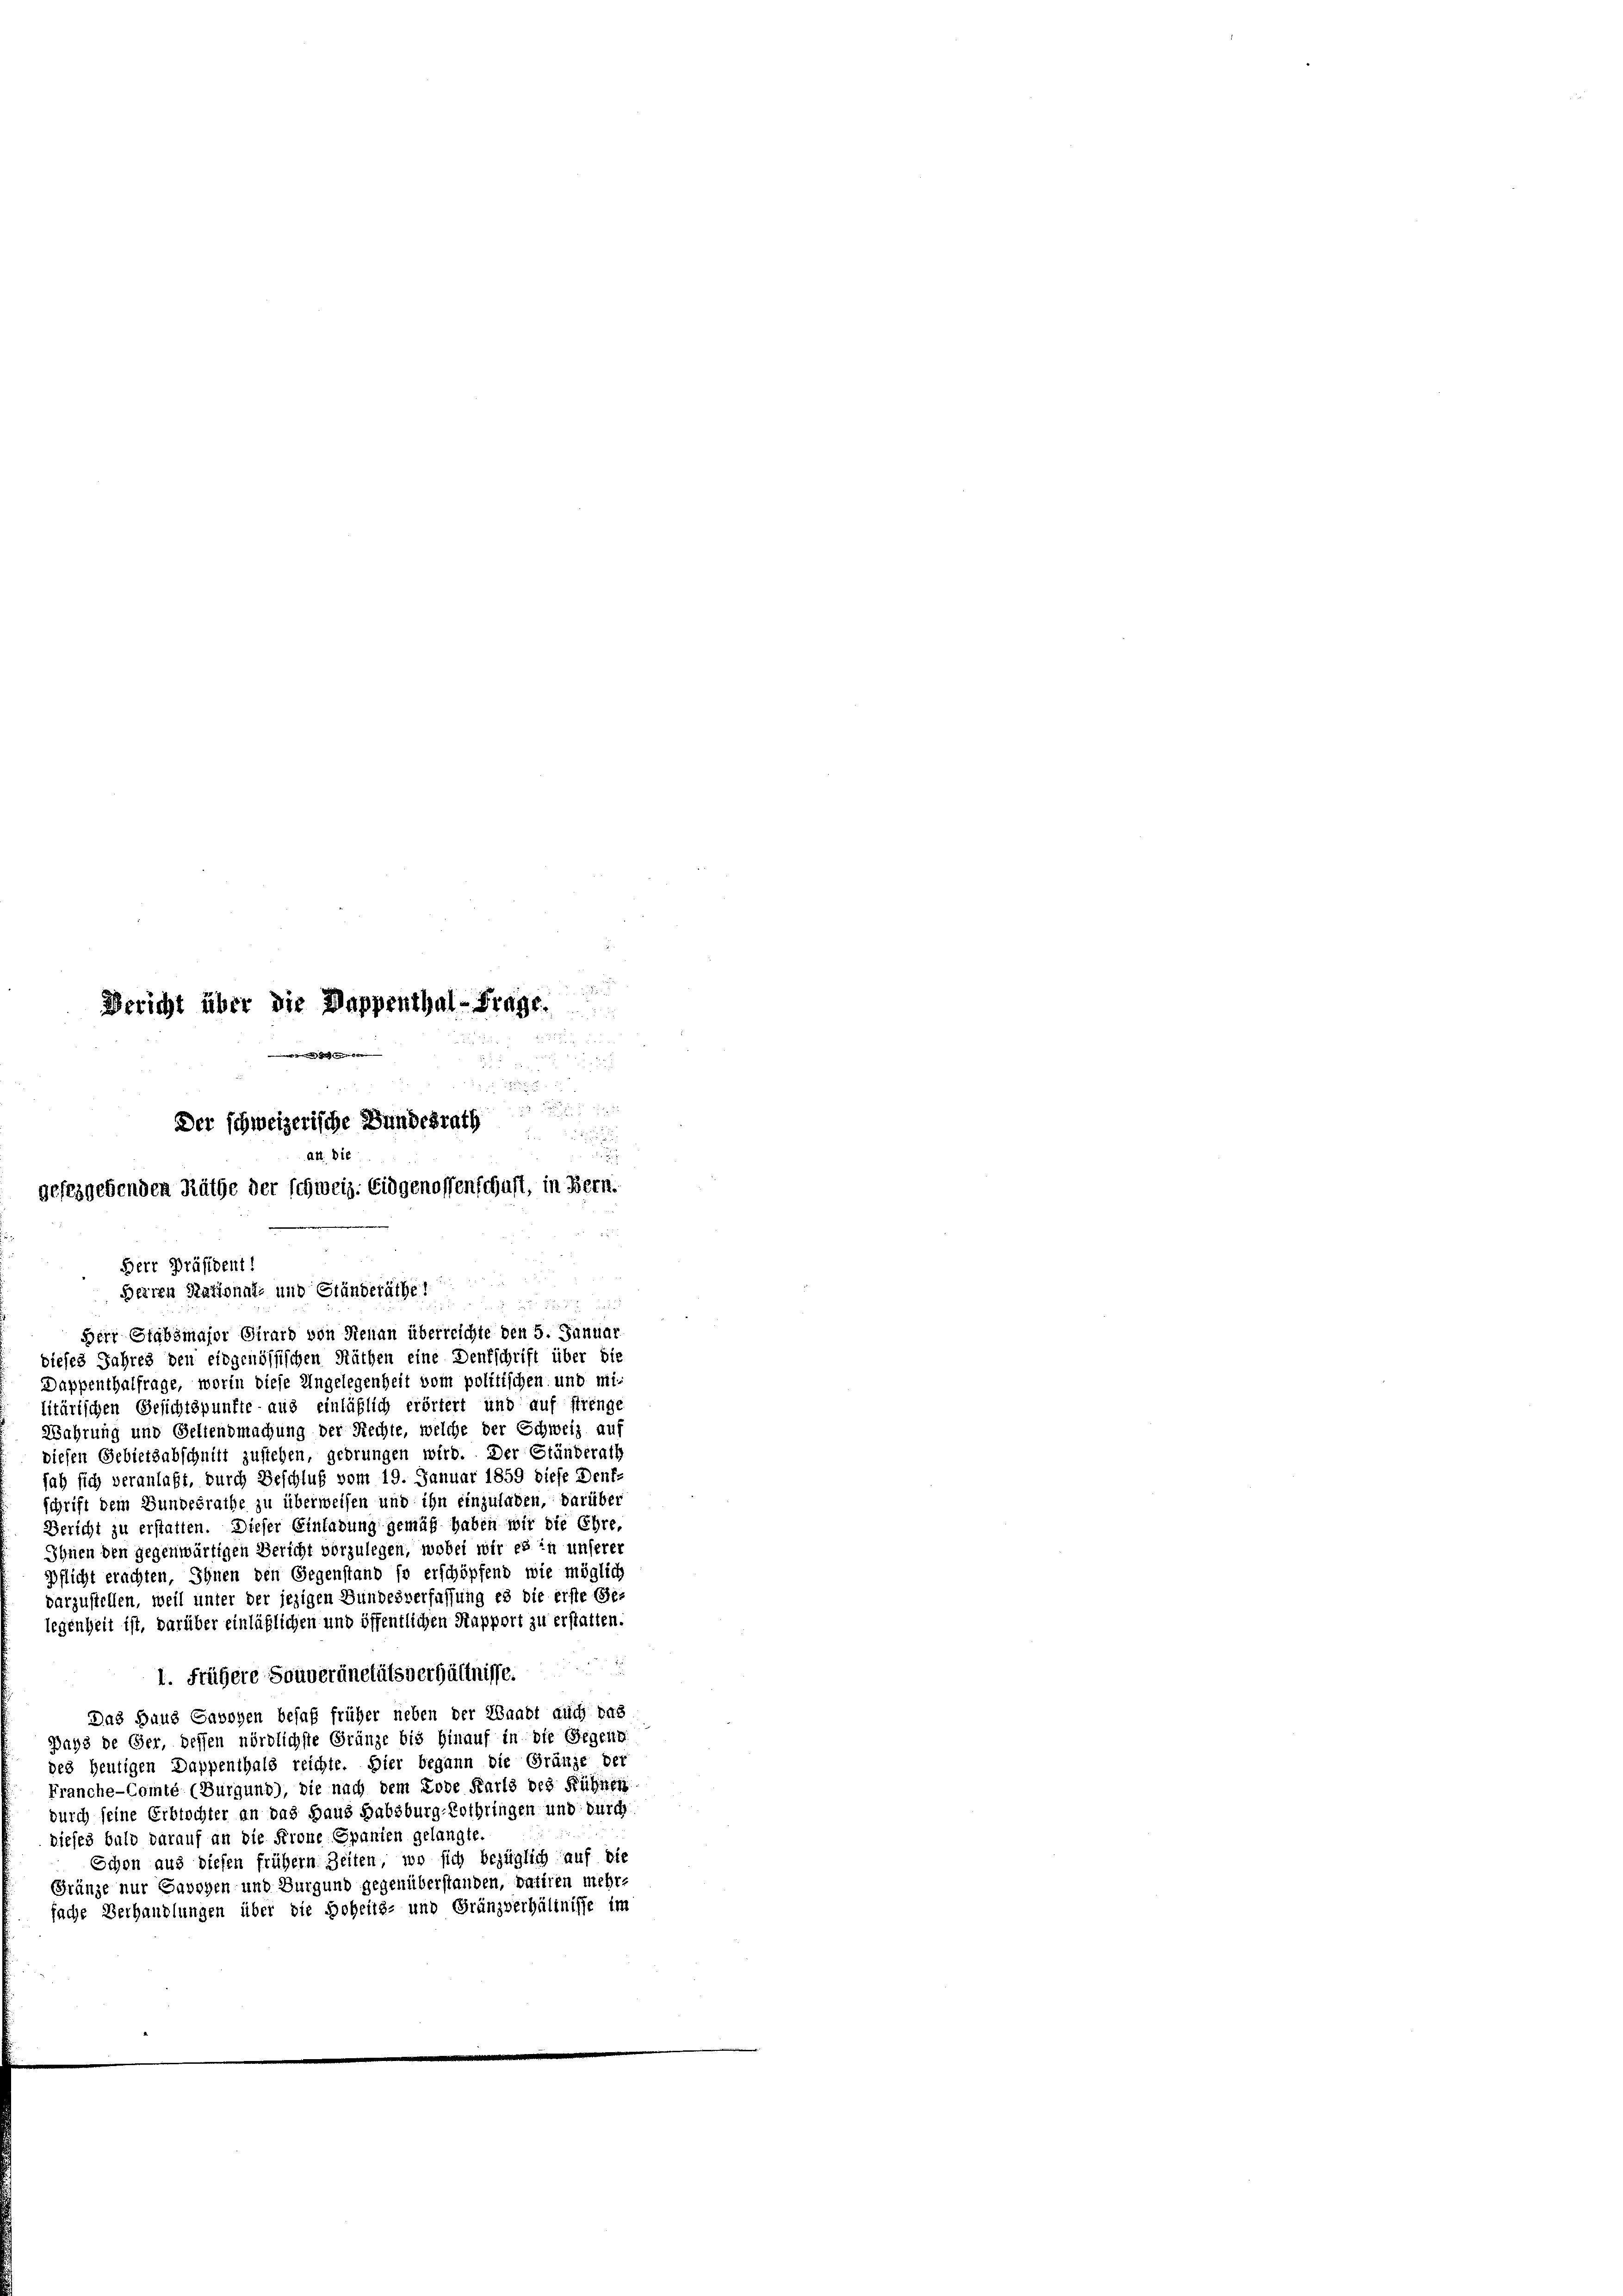
Bericht über die Dappenthal-Frage.

e
5
1
Der schweizerische Bundesrath
Akt. Die
geftsgebenden Räthe der schweiz. Eidgenossenschuft, in Bern.

Dappenthalfrage, worin diese Ungelegenheit vom politischen und militärischen Gesichtspunfte aus einläßlich erörtert und auf strenge
Wahrung und Geltendmachung der Rechte, welche der Schweiz auf
diesen Gebietsabschnitt zustehen, gedrungen wird. Der Ständerath
hab sich veranlaßt, durch Beschluß vom 19. Januar 1859 diese Denk-
schrift dem Bundesrathe zu überweisen und ihn einzuladen, darüber
Bericht zu erstatten. Dieser Einladung gemäß haben wir die Ehre,
Ihnen den gegenwärtigen Bericht vorzulegen, wobei wir es in unserer
Pflicht erachten, Ihnen den Gegenstand so erschöpfend wie möglich
darzustellen, weil unter der jezigen Bundesverfassung es die erste Ge-
legenheit ist, darüber einläßlichen und öffentlichen Kapport zu erstatten.
1. Frägere Souveränetälsverhältnisse.
Das Haus Cavoyen besaß früher neben der Waadt auch das
Days de Ger, dessen nördlichste Gränze bis hinauf in die Gegent
des heutigen Dappenthals reichte. Hier begann die Gränze der
Franche-Comté (Burgund), die nach dem Lobe Karls des Rühren
durch seine Erbtochter an das Haus Habsburg-Lothringen und durch
dieses bald darauf an die Frone Spanien gelangte.
Schon aus diesen frühern Zeiten, wo sich bezüglich auf die
Gränze nur Gavoyen und Burgund gegenüberstanden, datiren mehr-
fache Verhandlungen über die Hoheits- und Gränzverhältnisse im

Berr Präsident!
Herren Rational- und Ständeräthe i

Herr Stabsmajor Girard von Renau überreichte den 5. Januar
dieses Jahres den eidgenössischen Räthen eine Denkschrift über die